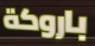
باروكة